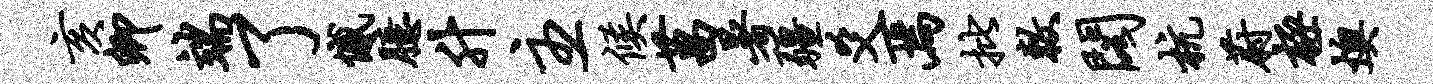
亥卿端了憾臆升主候菖暑疆爻焉批敕阁杭蔚极燠